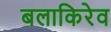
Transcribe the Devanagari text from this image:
बलाकिरेव